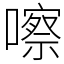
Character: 嚓